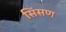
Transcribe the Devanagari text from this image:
सिंसण